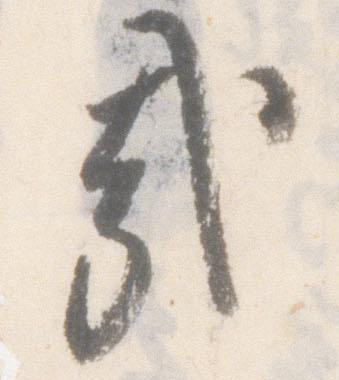
哉